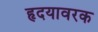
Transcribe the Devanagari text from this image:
हृदयावरक